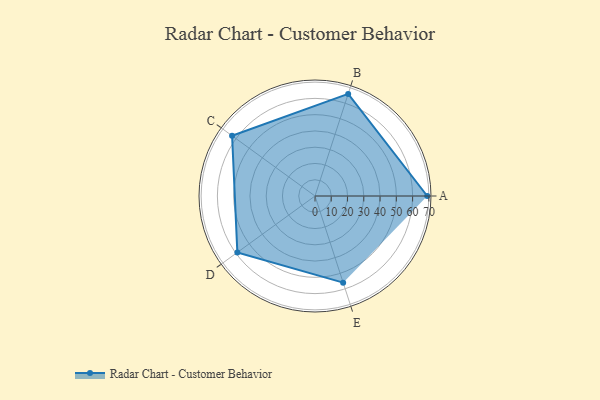
{"axis": {"x": "Skill", "y": "Score"}, "legend": ["Profile"], "data": [{"x": "A", "y": 69.0, "type": "Profile"}, {"x": "B", "y": 66.0, "type": "Profile"}, {"x": "C", "y": 63.0, "type": "Profile"}, {"x": "D", "y": 59.0, "type": "Profile"}, {"x": "E", "y": 56.0, "type": "Profile"}]}